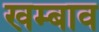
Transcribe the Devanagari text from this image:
खम्बाव